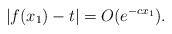
LaTeX: \begin{align*}|f(x_1)-t|=O(e^{-cx_1}).\end{align*}